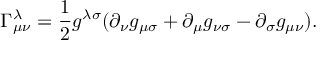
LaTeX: \Gamma _ { \mu \nu } ^ { \lambda } = \frac { 1 } { 2 } g ^ { \lambda \sigma } ( \partial _ { \nu } g _ { \mu \sigma } + \partial _ { \mu } g _ { \nu \sigma } - \partial _ { \sigma } g _ { \mu \nu } ) .